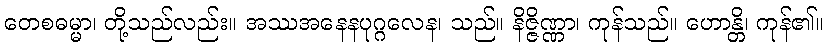
တေစဓမ္မာ၊ တို့သည်လည်း။ အဿအနေနပုဂ္ဂလေန၊ သည်။ နိဇ္ဇိဏ္ဏာ၊ ကုန်သည်။ ဟောန္တိ၊ ကုန်၏။